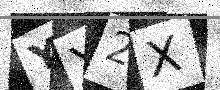
Text: YY2X